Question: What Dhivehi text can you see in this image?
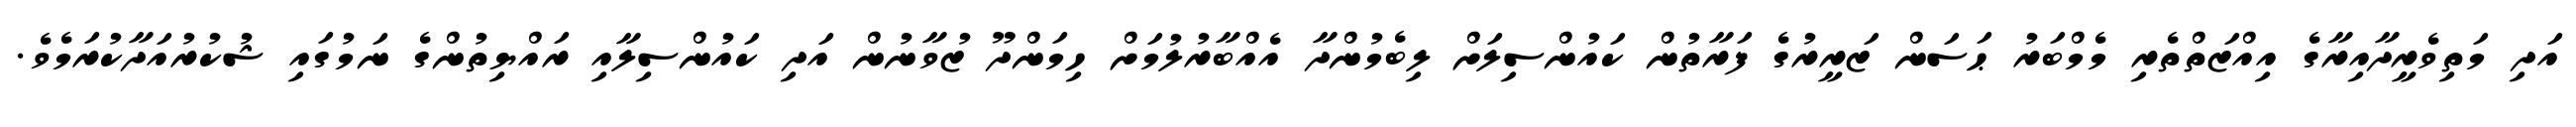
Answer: އަދި މަތިވެރީދާއިރާގެ އިއްޒަތްތެރި މެމްބަރު ޙަސަން ޒަރީރުގެ ފަރާތުން ކައުންސިލަށް ލިބެމުންދާ އެއްބާރުލުމަށް ހިމަންދޫ ޒުވާނުން އަދި ކައުންސިލާއި ރައްޔިތުންގެ ނަމުގައި ޝުކުރުއަދާކުރަމެވެ.